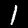
Digit: 1